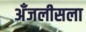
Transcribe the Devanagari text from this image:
अँजलीसला